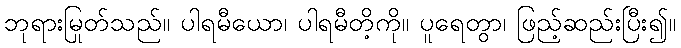
ဘုရားမြတ်သည်။ ပါရမီယော၊ ပါရမီတို့ကို။ ပူရေတွာ၊ ဖြည့်ဆည်းပြီး၍။